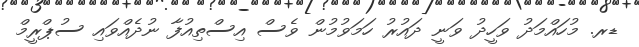
ޑރ. މުހައްމަދު ވަހީދު ވަނީ ދައުރު ހަމަވުމުން ވެސް އިސްތިއުފާ ނުދެއްވައި ސުޕްރީމް